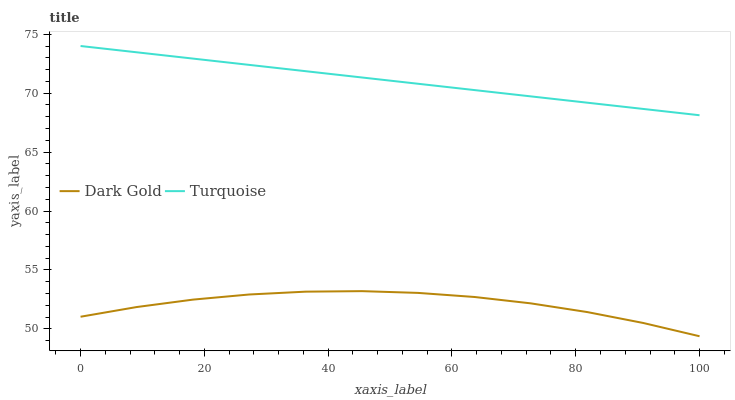
| xaxis_label | Dark Gold | Turquoise |
 | --- | --- | --- |
 | 0 | 51 | 74 |
 | 9.09 | 51.9 | 73.5 |
 | 18.2 | 52.5 | 72.9 |
 | 27.3 | 52.9 | 72.4 |
 | 36.4 | 53.2 | 71.9 |
 | 45.5 | 53.2 | 71.3 |
 | 54.5 | 53.1 | 70.8 |
 | 63.6 | 52.7 | 70.3 |
 | 72.7 | 52.2 | 69.7 |
 | 81.8 | 51.4 | 69.2 |
 | 90.9 | 50.5 | 68.7 |
 | 100 | 49.4 | 68.1 |